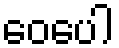
ဝေပေါ